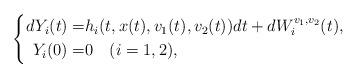
LaTeX: \begin{align*}\left\{\begin{aligned}dY_i(t)=&h_i(t,x(t),v_{1}(t),v_{2}(t))dt+dW_i^{v_1,v_2}(t),\\Y_i(0)=&0\quad(i=1,2),\\\end{aligned}\right.\end{align*}